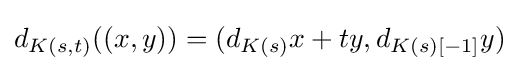
d_{K(s,t)}((x,y))=(d_{K(s)}x+ty,d_{K(s)[-1]}y)